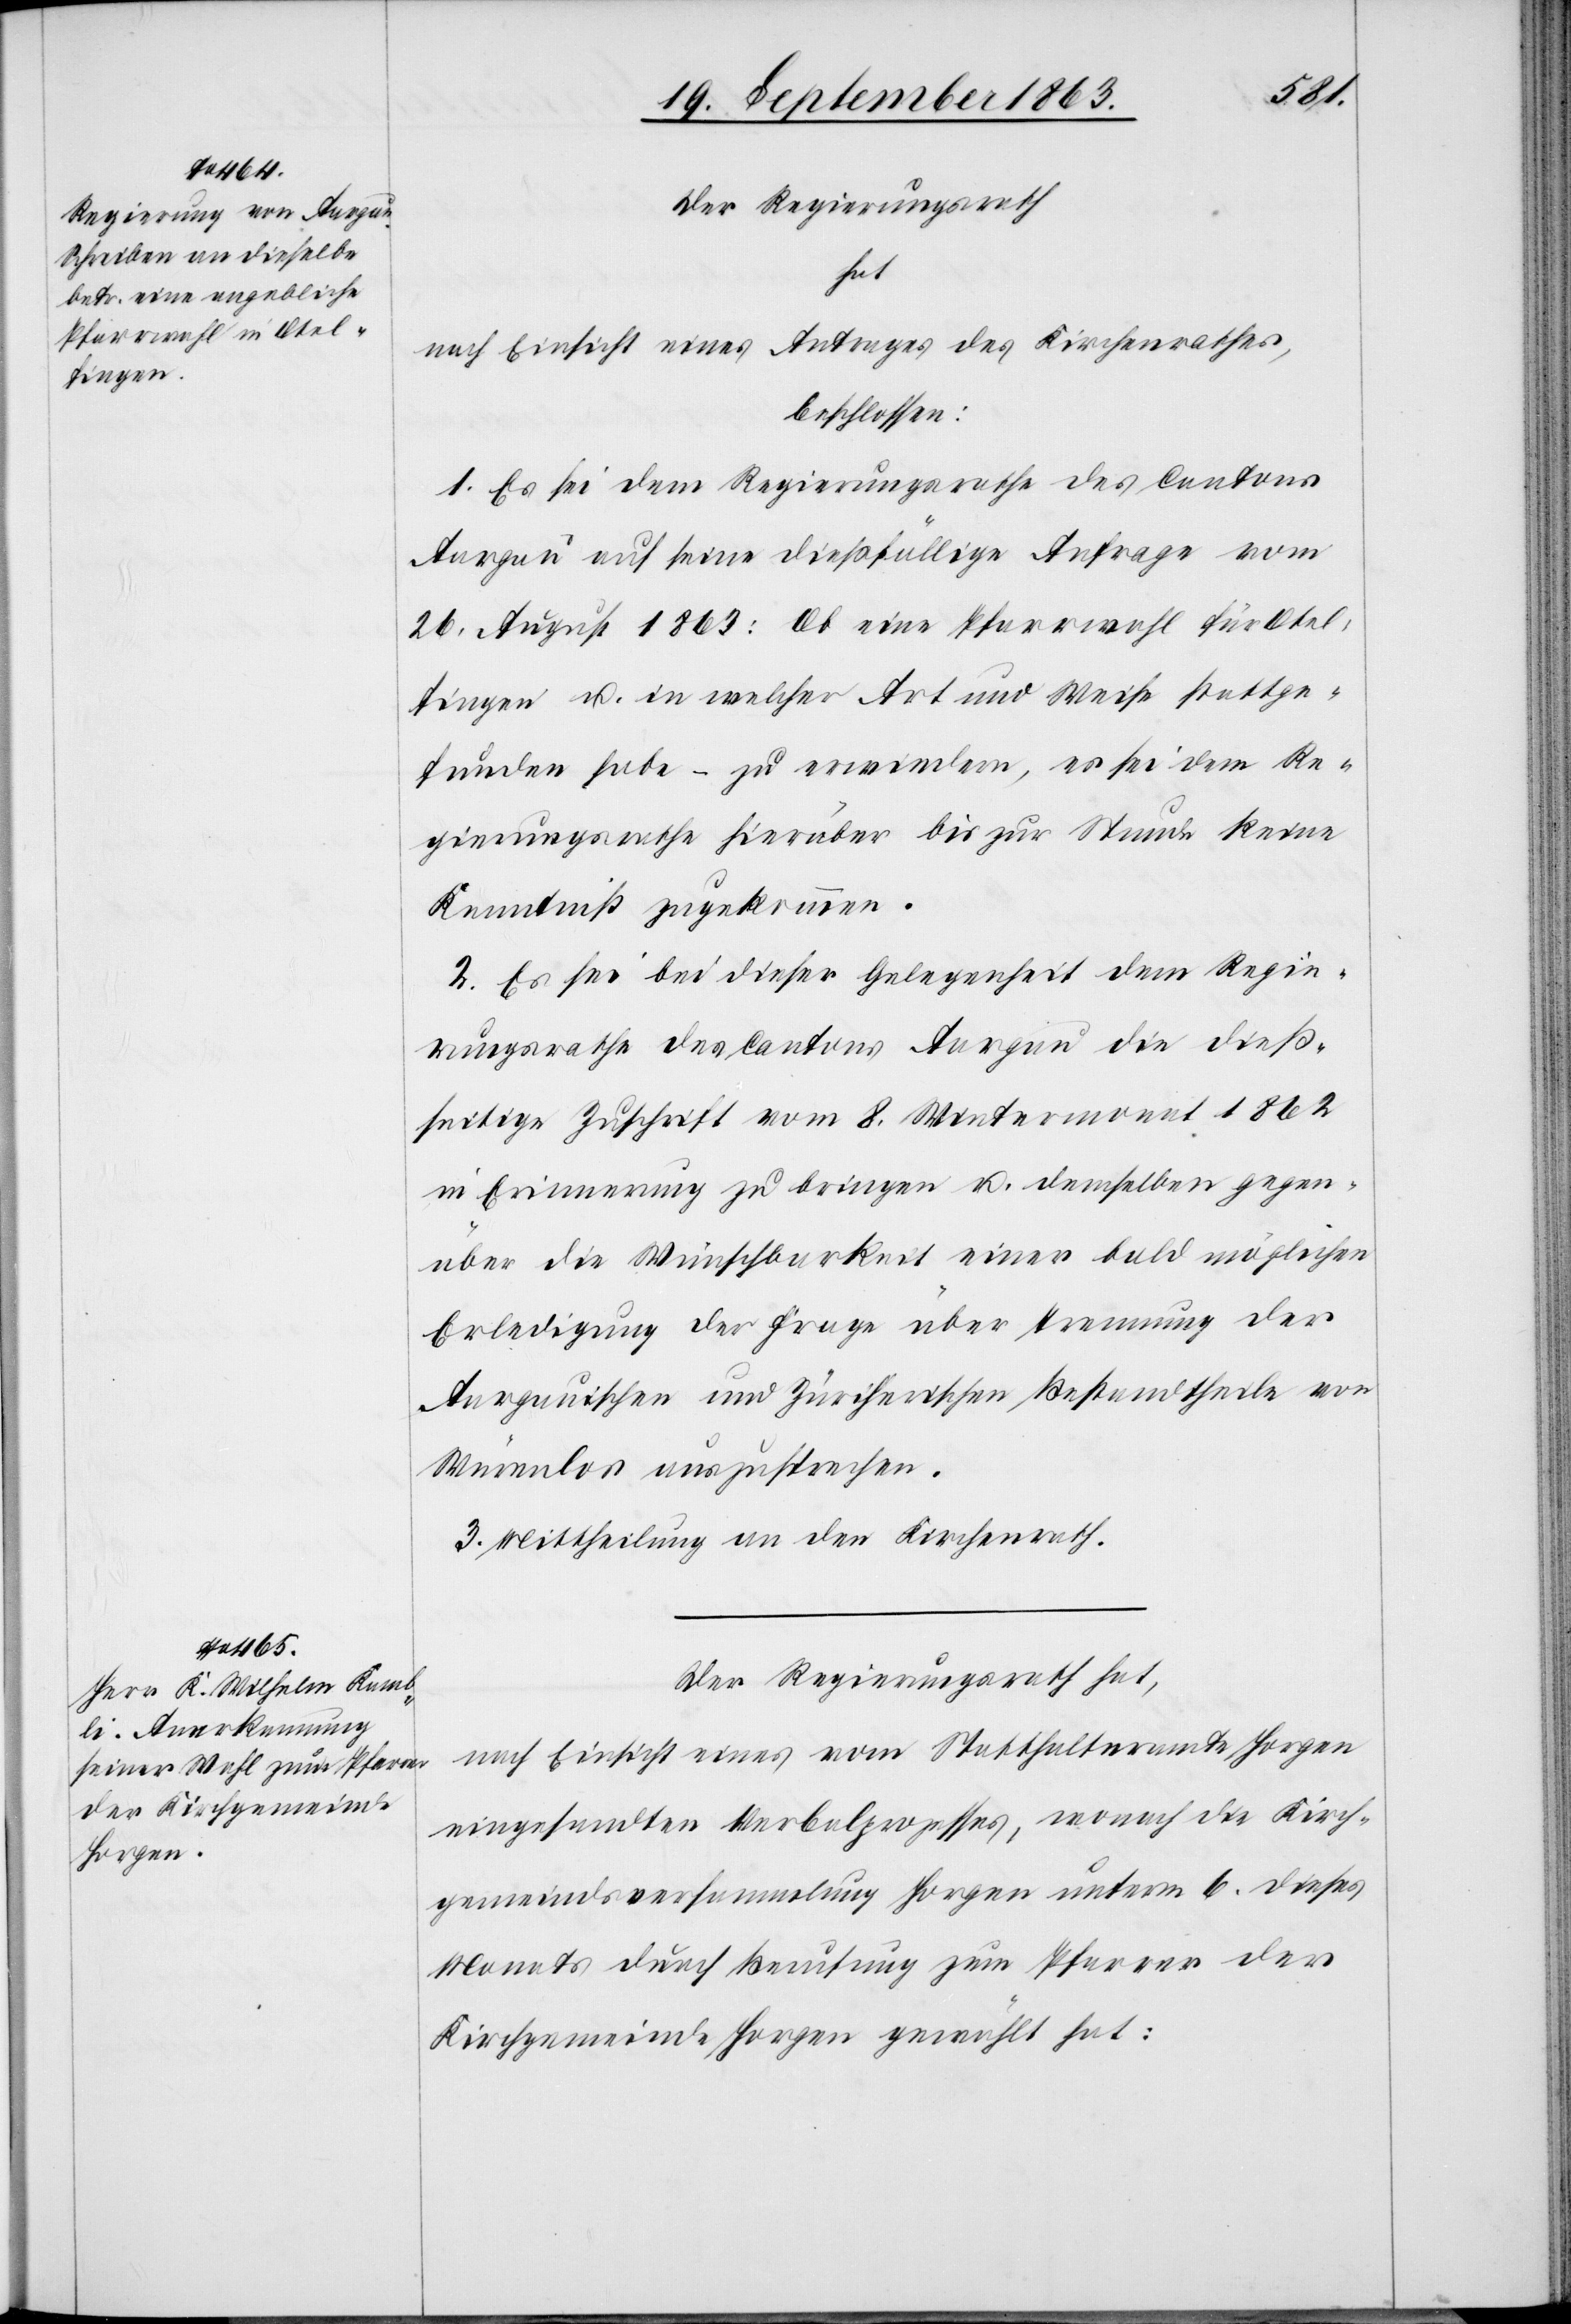
Der Regierungsrath
hat
nach Einsicht eines Antrages des Kirchenrathes,
beschlossen:
1. Es sei dem Regierungsrathe des Cantons
Aargau auf seine dießfällige Anfrage vom
26. August 1863: Ob eine Pfarrwahl für Otel¬
fingen u. in welcher Art und Weise stattge¬
funden habe – zu erwiedern, es sei dem Re¬
gierungsrathe hierüber bis zur Stunde keine
Kenntniß zugekommen.
2. Es sei bei dieser Gelegenheit dem Regie¬
rungsrathe des Cantons Aargau die dieß¬
seitige Zuschrift vom 8. Wintermonat 1862
in Erinnerung zu bringen u. demselben gegen¬
über die Wünschbarkeit einer bald möglichen
Erledigung der Frage über Trennung der
Aargauischen und Zürcherischen Bestandtheile von
Würenlos auszusprechen.
3. Mittheilung an den Kirchenrath.
Der Regierungsrath hat,
nach Einsicht eines vom Statthalteramte Horgen
eingesandten Verbalprozesses, wonach die Kirch¬
gemeindsversammlung Horgen unterm 6. dieses
Monats durch Berufung zum Pfarrer der
Kirchgemeinde Horgen gewählt hat: